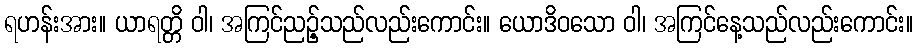
ရဟန်းအား။ ယာရတ္တိ ဝါ၊ အကြင်ညဉ့်သည်လည်းကောင်း။ ယောဒိဝသော ဝါ၊ အကြင်နေ့သည်လည်းကောင်း။